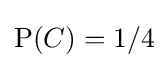
\mathrm {P} (C)=1/4